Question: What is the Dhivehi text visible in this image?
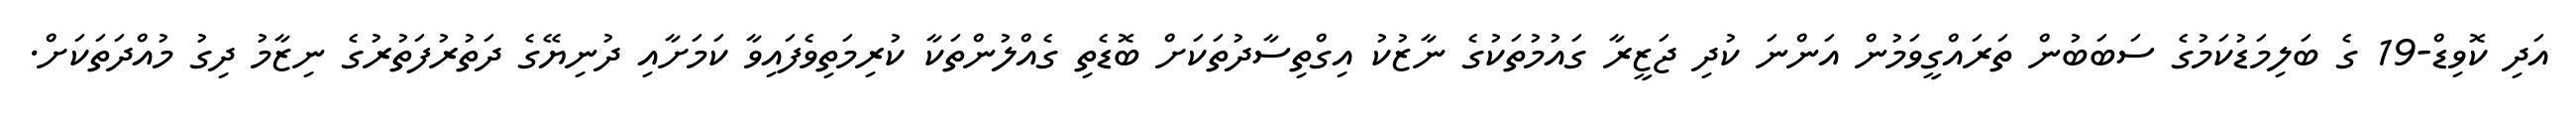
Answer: އަދި ކޮވިޑް-19 ގެ ބަލިމަޑުކަމުގެ ސަބަބުން ތަރައްގީވަމުން އަންނަ ކުދި ޖަޒީރާ ގައުމުތަކުގެ ނާޒުކު އިގްތިސާދުތަކަށް ބޮޑެތި ގެއްލުންތަކާ ކުރިމަތިވެފައިވާ ކަމަށާއި ދުނިޔޭގެ ދަތުރުފަތުރުގެ ނިޒާމު ދިގު މުއްދަތަކަށް.